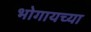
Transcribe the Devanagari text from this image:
भोगायच्या